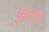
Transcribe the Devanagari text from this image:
कुंण्ड